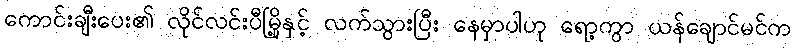
ကောင်းချီးပေး၏ လိုင်လင်းပီမြို့နှင့် လက်သွားပြီး နေမှာပါဟု ရော့ကွာ ယန်ချောင်မင်က